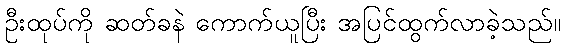
ဦးထုပ်ကို ဆတ်ခနဲ ကောက်ယူပြီး အပြင်ထွက်လာခဲ့သည်။